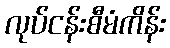
လုပ်ငန်းစီမံကိန်း